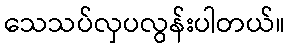
သေသပ်လှပလွန်းပါတယ်။